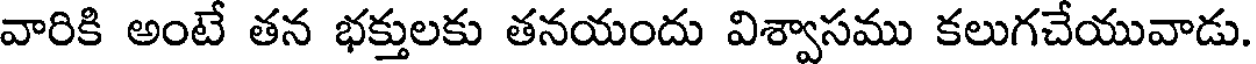
వారికి అంటే తన భక్తులకు తనయందు విశ్వాసము కలుగచేయువాడు.